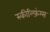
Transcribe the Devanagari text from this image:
स्कील्फ़िंग्स